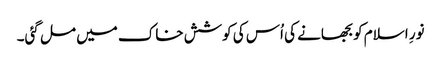
نورِ اسلام کو بجھانے کی اُس کی کوشش خاک میں مل گئی۔